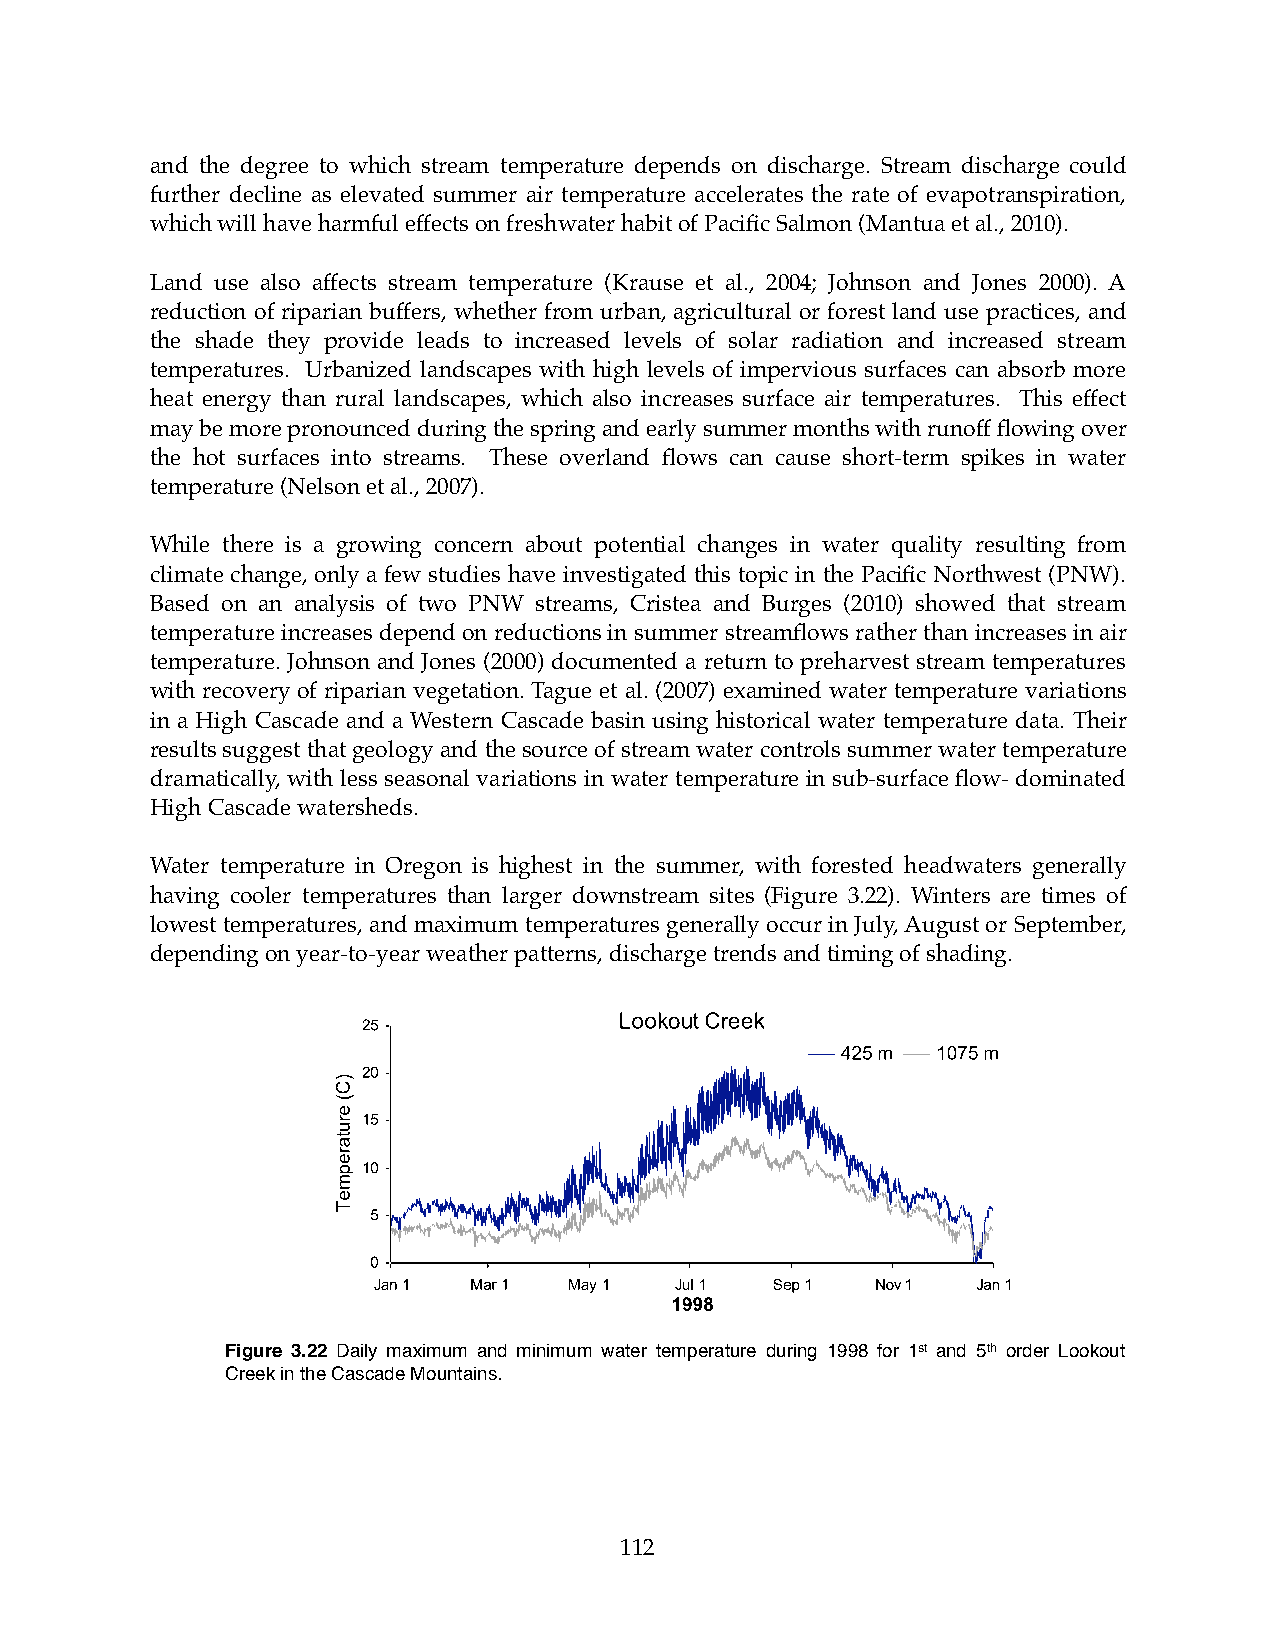
and the degree to which stream temperature depends on discharge. Stream discharge could
 further decline as elevated summer air temperature accelerates the rate of evapotranspiration,
 which will have harmful effects on freshwater habit of Pacific Salmon (Mantua et al., 2010).
 Land use also affects stream temperature (Krause et al., 2004; Johnson and Jones 2000). A
 reduction of riparian buffers, whether from urban, agricultural or forest land use practices, and
 the shade they provide leads to increased levels of solar radiation and increased stream
 temperatures. Urbanized landscapes with high levels of impervious surfaces can absorb more
 heat energy than rural landscapes, which also increases surface air temperatures. This effect
 may be more pronounced during the spring and early summer months with runoff flowing over
 the hot surfaces into streams. These overland flows can cause short-term spikes in water
 temperature (Nelson et al., 2007).
 While there is a growing concern about potential changes in water quality resulting from
 climate change, only a few studies have investigated this topic in the Pacific Northwest (PNW).
 Based on an analysis of two PNW streams, Cristea and Burges (2010) showed that stream
 temperature increases depend on reductions in summer streamflows rather than increases in air
 temperature. Johnson and Jones (2000) documented a return to preharvest stream temperatures
 with recovery of riparian vegetation. Tague et al. (2007) examined water temperature variations
 in a High Cascade and a Western Cascade basin using historical water temperature data. Their
 results suggest that geology and the source of stream water controls summer water temperature
 dramatically, with less seasonal variations in water temperature in sub-surface flow- dominated
 High Cascade watersheds.
 Water temperature in Oregon is highest in the summer, with forested headwaters generally
 having cooler temperatures than larger downstream sites (Figure 3.22). Winters are times of
 lowest temperatures, and maximum temperatures generally occur in July, August or September,
 depending on year-to-year weather patterns, discharge trends and timing of shading.
 Figure 3.22 Daily maximum and minimum water temperature during 1998 for 1st and 5th order Lookout
 Creek in the Cascade Mountains.
 112